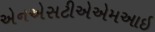
એનએસટીએએમઆઇ